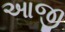
આજી